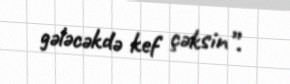
gələcəkdə kef çəksin”.